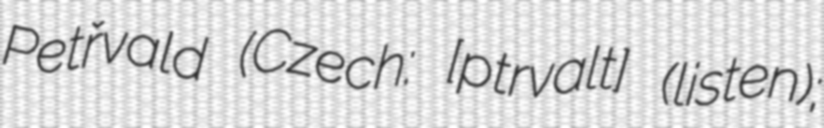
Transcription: Petřvald (Czech: [ˈpɛtr̝̊valt] (listen);